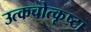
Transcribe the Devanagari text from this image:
उत्कचोत्कृष्टा